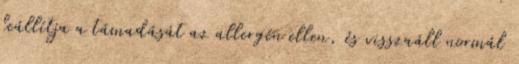
leállítja a támadását az allergén ellen, és visszaáll normál